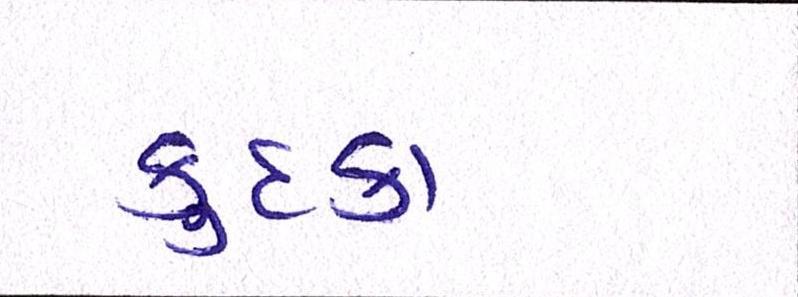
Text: કુદકા